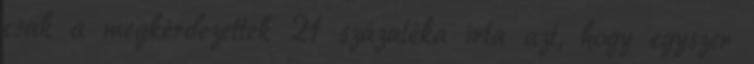
csak a megkérdezettek 21 százaléka írta azt, hogy egyszer